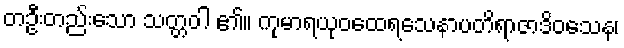
တဦးတည်းသော သတ္တဝါ ၏။ ကုမာရယုဝထေရသေနာပတိရာဇာဒိဝသေန၊